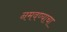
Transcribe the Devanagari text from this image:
नमवण्याचा